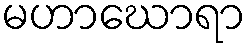
မဟာဃောရာ